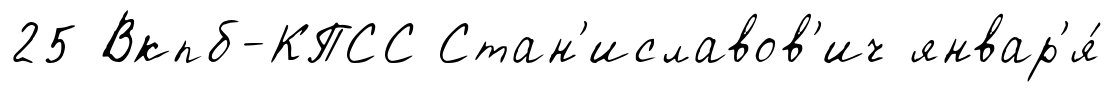
25 Вкпб-КПСС Стан'иславов'ич январ'я́